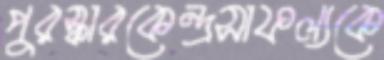
পুরস্কারকেন্দ্রসাফল্যকে